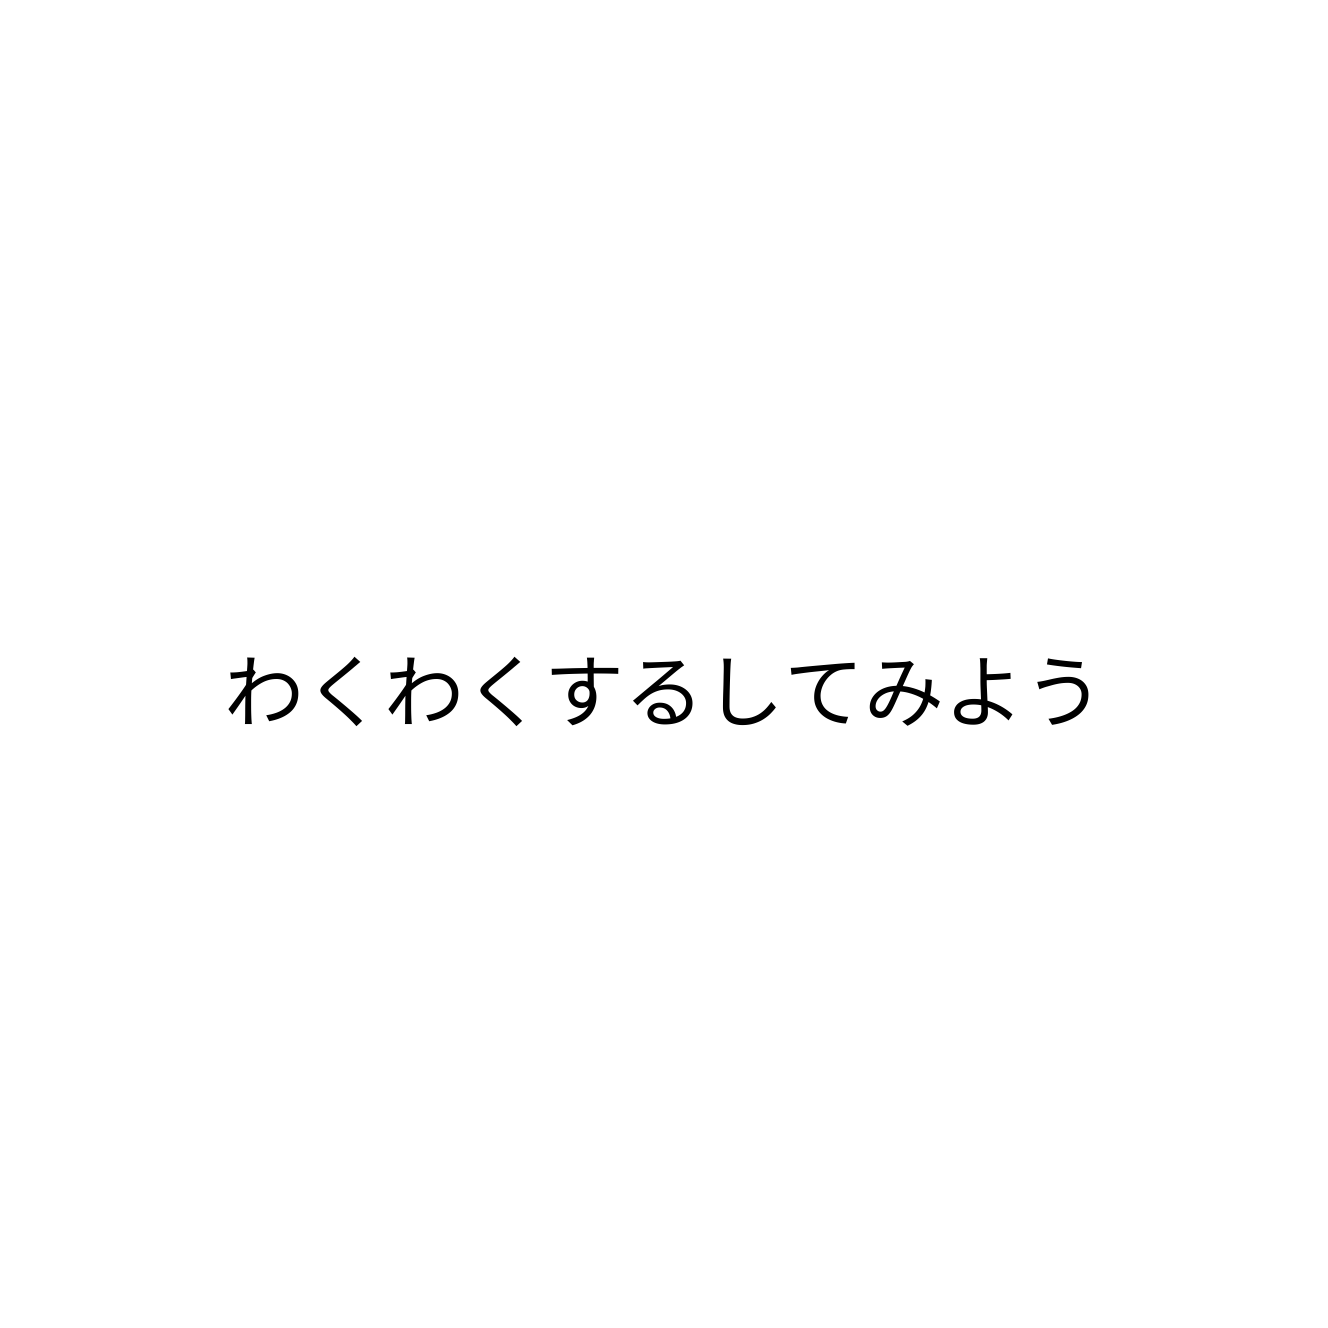
わくわくするしてみよう